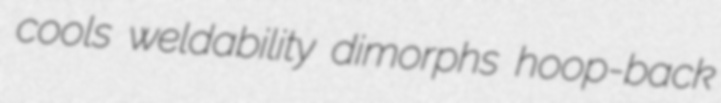
cools weldability dimorphs hoop-back